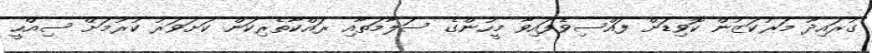
ގުރައިދޫ މަރުކަޒުން ކޮވިޑަށް ފައްސިވެފައިވާ މީހުންގެ ސަލާމަތާއި ރައްކާތެރިކަން ކަށަވަރު ކުރުމަށް ސިއްހީ